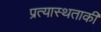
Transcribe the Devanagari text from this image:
प्रत्यास्थताकी